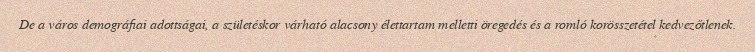
De a város demográfiai adottságai, a születéskor várható alacsony élettartam melletti öregedés és a romló korösszetétel kedvezőtlenek.